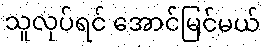
သူလုပ်ရင် အောင်မြင်မယ်